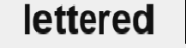
lettered